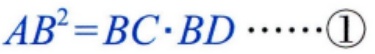
\(AB^{2}=BC\cdot BD\cdots\cdots\textcircled{1}\)